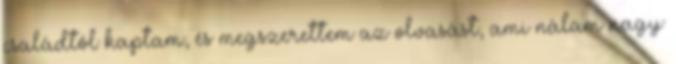
családtól kaptam, és megszerettem az olvasást, ami nálam nagy